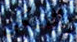
بالسكن